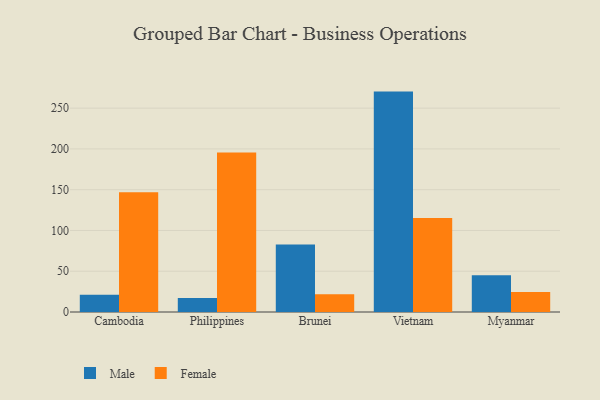
{"axis": {"x": "Country", "y": "Headcount"}, "legend": ["Female", "Male"], "data": [{"x": "Cambodia", "y": 21.1, "type": "Male"}, {"x": "Cambodia", "y": 146.8, "type": "Female"}, {"x": "Philippines", "y": 17.2, "type": "Male"}, {"x": "Philippines", "y": 195.7, "type": "Female"}, {"x": "Brunei", "y": 82.9, "type": "Male"}, {"x": "Brunei", "y": 21.8, "type": "Female"}, {"x": "Vietnam", "y": 270.3, "type": "Male"}, {"x": "Vietnam", "y": 115.3, "type": "Female"}, {"x": "Myanmar", "y": 45.1, "type": "Male"}, {"x": "Myanmar", "y": 24.4, "type": "Female"}]}